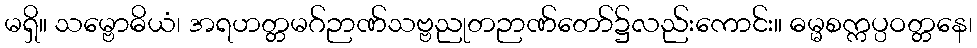
မရှိ။ သမ္ဗောဓိယံ၊ အရဟတ္တမဂ်ဉာဏ်သဗ္ဗညုတဉာဏ်တော်၌လည်းကောင်း။ ဓမ္မစက္ကပ္ပဝတ္တနေ၊